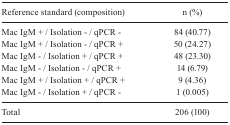
| Reference standard (composition) | n (%) |
 | --- | --- |
 | Mac IgM + / Isolation - / qPCR - | 84 (40.77) |
 | Mac IgM + / Isolation - / qPCR + | 50 (24.27) |
 | Mac IgM - / Isolation + / qPCR + | 48 (23.30) |
 | Mac IgM - / Isolation - / qPCR + | 14 (6.79) |
 | Mac IgM + / Isolation + / qPCR + | 9 (4.36) |
 | Mac IgM - / Isolation + / qPCR - | 1 (0.005) |
 | Total | 206 (100) |